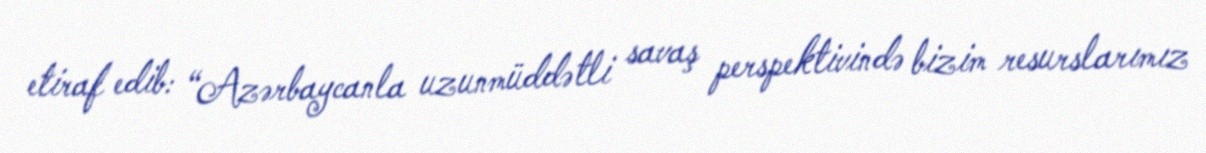
etiraf edib: “Azərbaycanla uzunmüddətli savaş perspektivində bizim resurslarımız